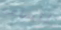
لتساعد